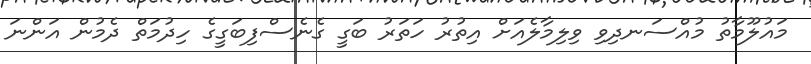
މައުލޫމާތު މުއްސަނދިވި ވިލިމާލެއަށް އިތުރު ހަތަރު ބަގީ ގެނެސްފިބަގީގެ ހިދުމަތް ދެމުން އަންނަ